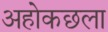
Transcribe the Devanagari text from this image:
अहोकछला